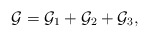
\begin{align*}\mathcal{G}=\mathcal{G}_1 + \mathcal{G}_2+\mathcal{G}_3 ,\end{align*}